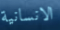
الانسانية